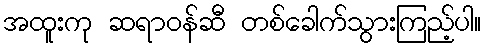
အထူးကု ဆရာဝန်ဆီ တစ်ခေါက်သွားကြည့်ပါ။